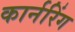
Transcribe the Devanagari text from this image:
कार्नरिंग